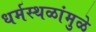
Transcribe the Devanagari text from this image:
धर्मस्थळांमुळे